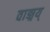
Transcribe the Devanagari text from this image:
वाङ्मय्